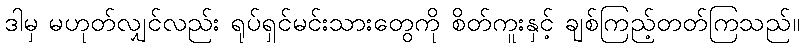
ဒါမှ မဟုတ်လျှင်လည်း ရုပ်ရှင်မင်းသားတွေကို စိတ်ကူးနှင့် ချစ်ကြည့်တတ်ကြသည်။